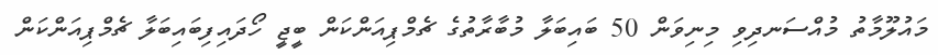
މައުލޫމާތު މުއްސަނދިވި މިނިވަން 50 ބައިބަލާ މުބާރާތުގެ ޗެމްޕިއަންކަން ބީޖީ ހޯދައިފިބައިބަލާ ޗެމްޕިއަންކަން